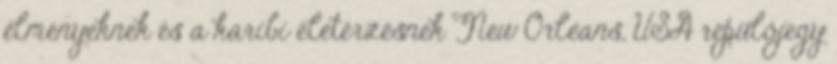
élményeknek és a karibi életérzésnek New Orleans, USA repülőjegy